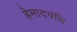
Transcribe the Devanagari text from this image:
हेमादपंथि